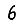
Digit: 6